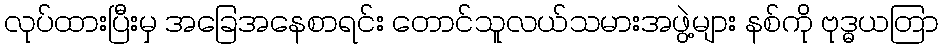
လုပ်ထားပြီးမှ အခြေအနေစာရင်း တောင်သူလယ်သမားအဖွဲ့များ နစ်ကို ဗုဒ္ဓယတြာ